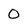
Character: 0